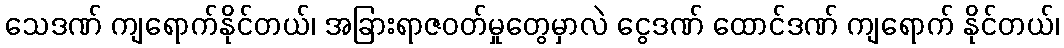
သေဒဏ် ကျရောက်နိုင်တယ်၊ အခြားရာဇဝတ်မှုတွေမှာလဲ ငွေဒဏ် ထောင်ဒဏ် ကျရောက် နိုင်တယ်၊